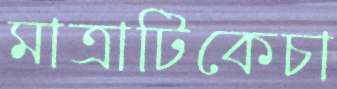
মাত্রাটিকেচা